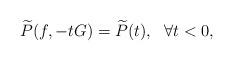
LaTeX: \begin{align*} \widetilde{P}(f,-tG)=\widetilde{P}(t),~~\forall t<0, \end{align*}